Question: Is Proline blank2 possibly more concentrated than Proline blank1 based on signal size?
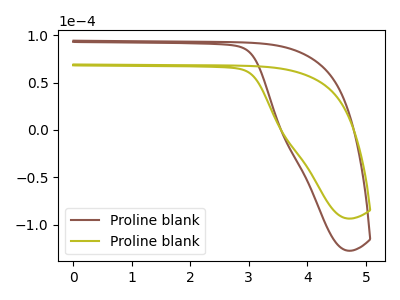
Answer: <think>The brown curve "Proline blank1" has no peaks. The olive curve "Proline blank2" has no peaks.
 Neither "Proline blank2" or "Proline blank1" have any peaks.</think>
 <answer>I cant tell if "Proline blank2" or "Proline blank1" has more signal.</answer>
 <eval>mixed_signal</eval>